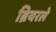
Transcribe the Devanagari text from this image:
ब्रियरले